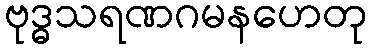
ဗုဒ္ဓသရဏဂမနဟေတု